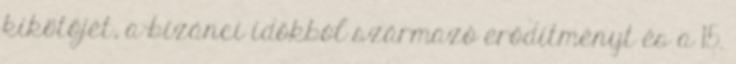
kikötőjét, a bizánci időkból származó erődítményt és a 15.